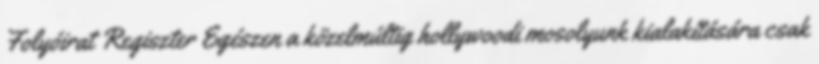
Folyóirat Regiszter Egészen a közelmúltig hollywoodi mosolyunk kialakítására csak